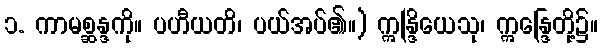
၁. ကာမစ္ဆန္ဒကို။ ပဟီယတိ၊ ပယ်အပ်၏။) ဣန္ဒြိယေသု၊ ဣန္ဒြေတို့၌။